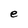
Character: e